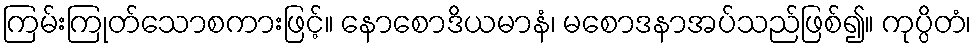
ကြမ်းကြုတ်သောစကားဖြင့်။ နောစောဒိယမာနံ၊ မစောဒနာအပ်သည်ဖြစ်၍။ ကုပ္ပိတံ၊